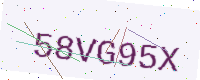
Text: 58VG95X